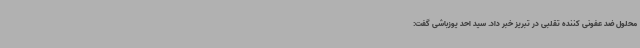
محلول ضد عفونی کننده تقلبی در تبریز خبر داد. سید احد یوزباشی گفت: